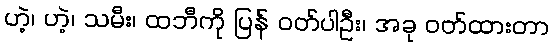
ဟဲ့၊ ဟဲ့၊ သမီး၊ ထဘီကို ပြန် ဝတ်ပါဦး၊ အခု ဝတ်ထားတာ